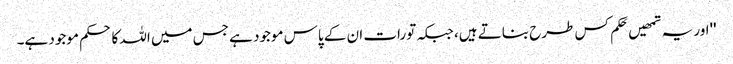
''اور یہ تمھیں حَکم کس طرح بناتے ہیں، جبکہ تورات ان کے پاس موجود ہے جس میں اللہ کا حکم موجود ہے۔